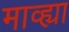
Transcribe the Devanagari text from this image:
माव्ह्या